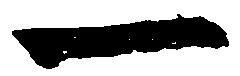
一